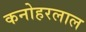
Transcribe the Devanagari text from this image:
कनोहरलाल